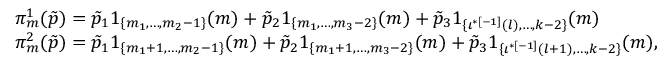
\begin{array} { r l } & { \pi _ { m } ^ { 1 } ( \boldsymbol { \tilde { p } } ) = \tilde { p } _ { 1 } \boldsymbol { 1 } _ { \{ m _ { 1 } , \dots , m _ { 2 } - 1 \} } ( m ) + \tilde { p } _ { 2 } \boldsymbol { 1 } _ { \{ m _ { 1 } , \dots , m _ { 3 } - 2 \} } ( m ) + \tilde { p } _ { 3 } \boldsymbol { 1 } _ { \{ \iota ^ { * [ - 1 ] } ( l ) , \dots , k - 2 \} } ( m ) } \\ & { \pi _ { m } ^ { 2 } ( \boldsymbol { \tilde { p } } ) = \tilde { p } _ { 1 } \boldsymbol { 1 } _ { \{ m _ { 1 } + 1 , \dots , m _ { 2 } - 1 \} } ( m ) + \tilde { p } _ { 2 } \boldsymbol { 1 } _ { \{ m _ { 1 } + 1 , \dots , m _ { 3 } - 2 \} } ( m ) + \tilde { p } _ { 3 } \boldsymbol { 1 } _ { \{ \iota ^ { * [ - 1 ] } ( l + 1 ) , \dots , k - 2 \} } ( m ) , } \end{array}